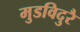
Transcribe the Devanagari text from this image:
मुडविदुरै